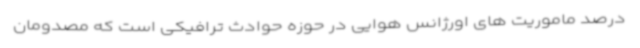
درصد ماموریت های اورژانس هوایی در حوزه حوادث ترافیکی است که مصدومان